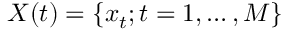
X ( t ) = \{ x _ { t } ; t = 1 , \dots , M \}